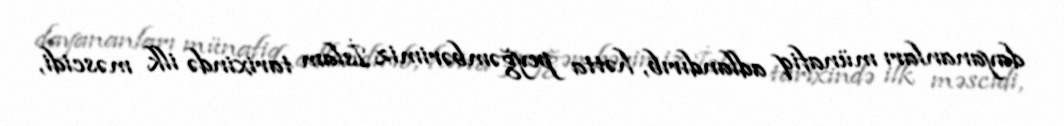
dayananları münafiq adlandırıb, hətta peyğəmbərimiz İslam tarixində ilk məscidi,